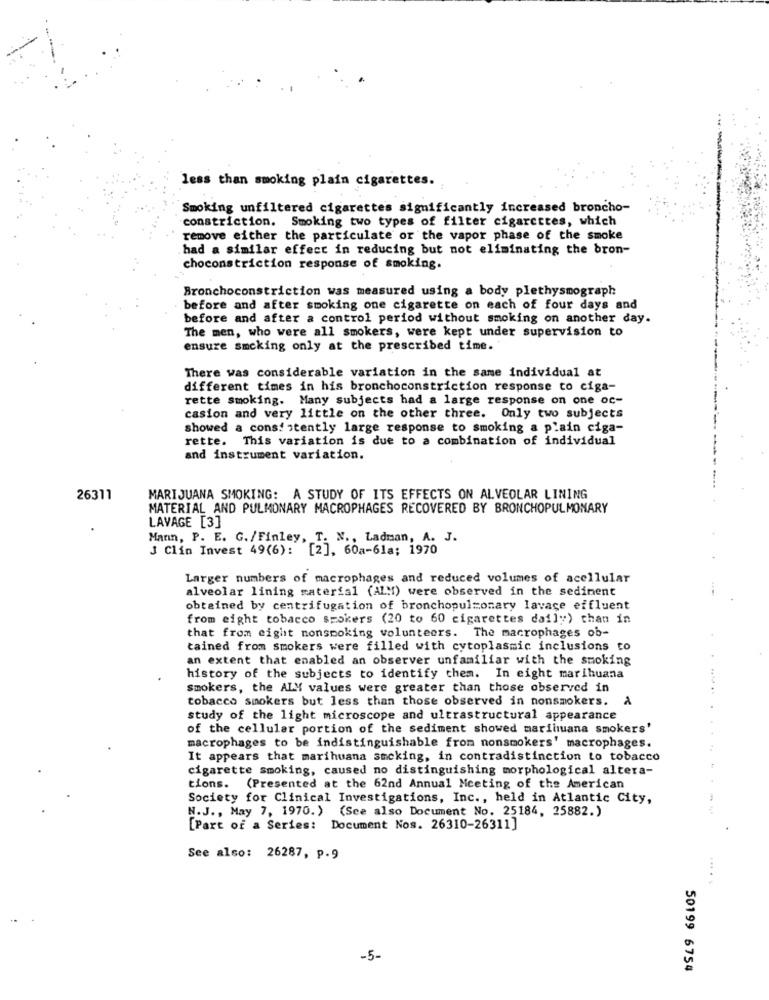
less than smoking plain cigarettes.
Smoking unfiltered cigarettes significantly increased broncho-
constriction. Smoking two types of filter cigarettes, which
remove either the particulate or the vapor phase of the smoke
had a similar effect in reducing but not eliminating the bron-
choconstriction response of smoking.
Bronchoconstriction was measured using a body plethysmograph
before and after smoking one cigarette on each of four days and
before and after a control period without smoking on another day.
The men, who were all smokers, were kept under supervision to
ensure smoking only at the prescribed time.
There was considerable variation in the same individual at
different times in his bronchoconstriction response to ciga-
rette smoking. Many subjects had a large response on one oc-
casion and very little on the other three. Only two subjects
showed a consistently large response to smoking a plain ciga-
rette. This variation is due to a combination of individual
and instrument variation.
26311
MARIJUANA SMOKING: A STUDY OF ITS EFFECTS ON ALVEOLAR LINING
MATERIAL AND PULMONARY MACROPHAGES RECOVERED BY BRONCHOPULMONARY
LAVAGE [3]
Mann, P. E. G./Finley, T. N ., Ladman, A. J.
3 Clin Invest 49(6): [2], 60a-61a; 1970
Larger numbers of macrophages and reduced volumes of acellular
alveolar lining material (ALM) were observed in the sediment
obtained by centrifugation of bronchopulmonary lavage effluent
from eight tobacco smokers (20 to 60 cigarettes daily) than in
that from eight nonsmoking volunteers. The macrophages ob-
tained from smokers were filled with cytoplasmic inclusions to
an extent that enabled an observer unfamiliar with the smoking
history of the subjects to identify them. In eight marihuana
smokers, the ALY values were greater than those observed in
tobacco smokers but less than those observed in nonsmokers.
study of the light microscope and ultrastructural appearance
of the cellular portion of the sediment showed marihuana smokers'
macrophages to be indistinguishable from nonsmokers' macrophages.
It appears that marihuana smoking, in contradistinction to tobacco
cigarette smoking, caused no distinguishing morphological altera-
tions. (Presented at the 62nd Annual Meeting of the American
Society for Clinical Investigations, Inc ., held in Atlantic City,
N.J ., May 7, 1970.) (See also Document No. 25184, 25882.)
[Part of a Series: Document Nos. 26310-26311]
See also: 26287, p.9
-5-
50199 6754